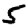
Digit: 5